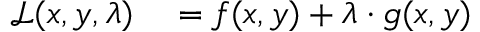
\begin{array} { r l } { { \mathcal { L } } ( x , y , \lambda ) } & { { } = f ( x , y ) + \lambda \cdot g ( x , y ) } \end{array}